Juri_Uluots, lk 46
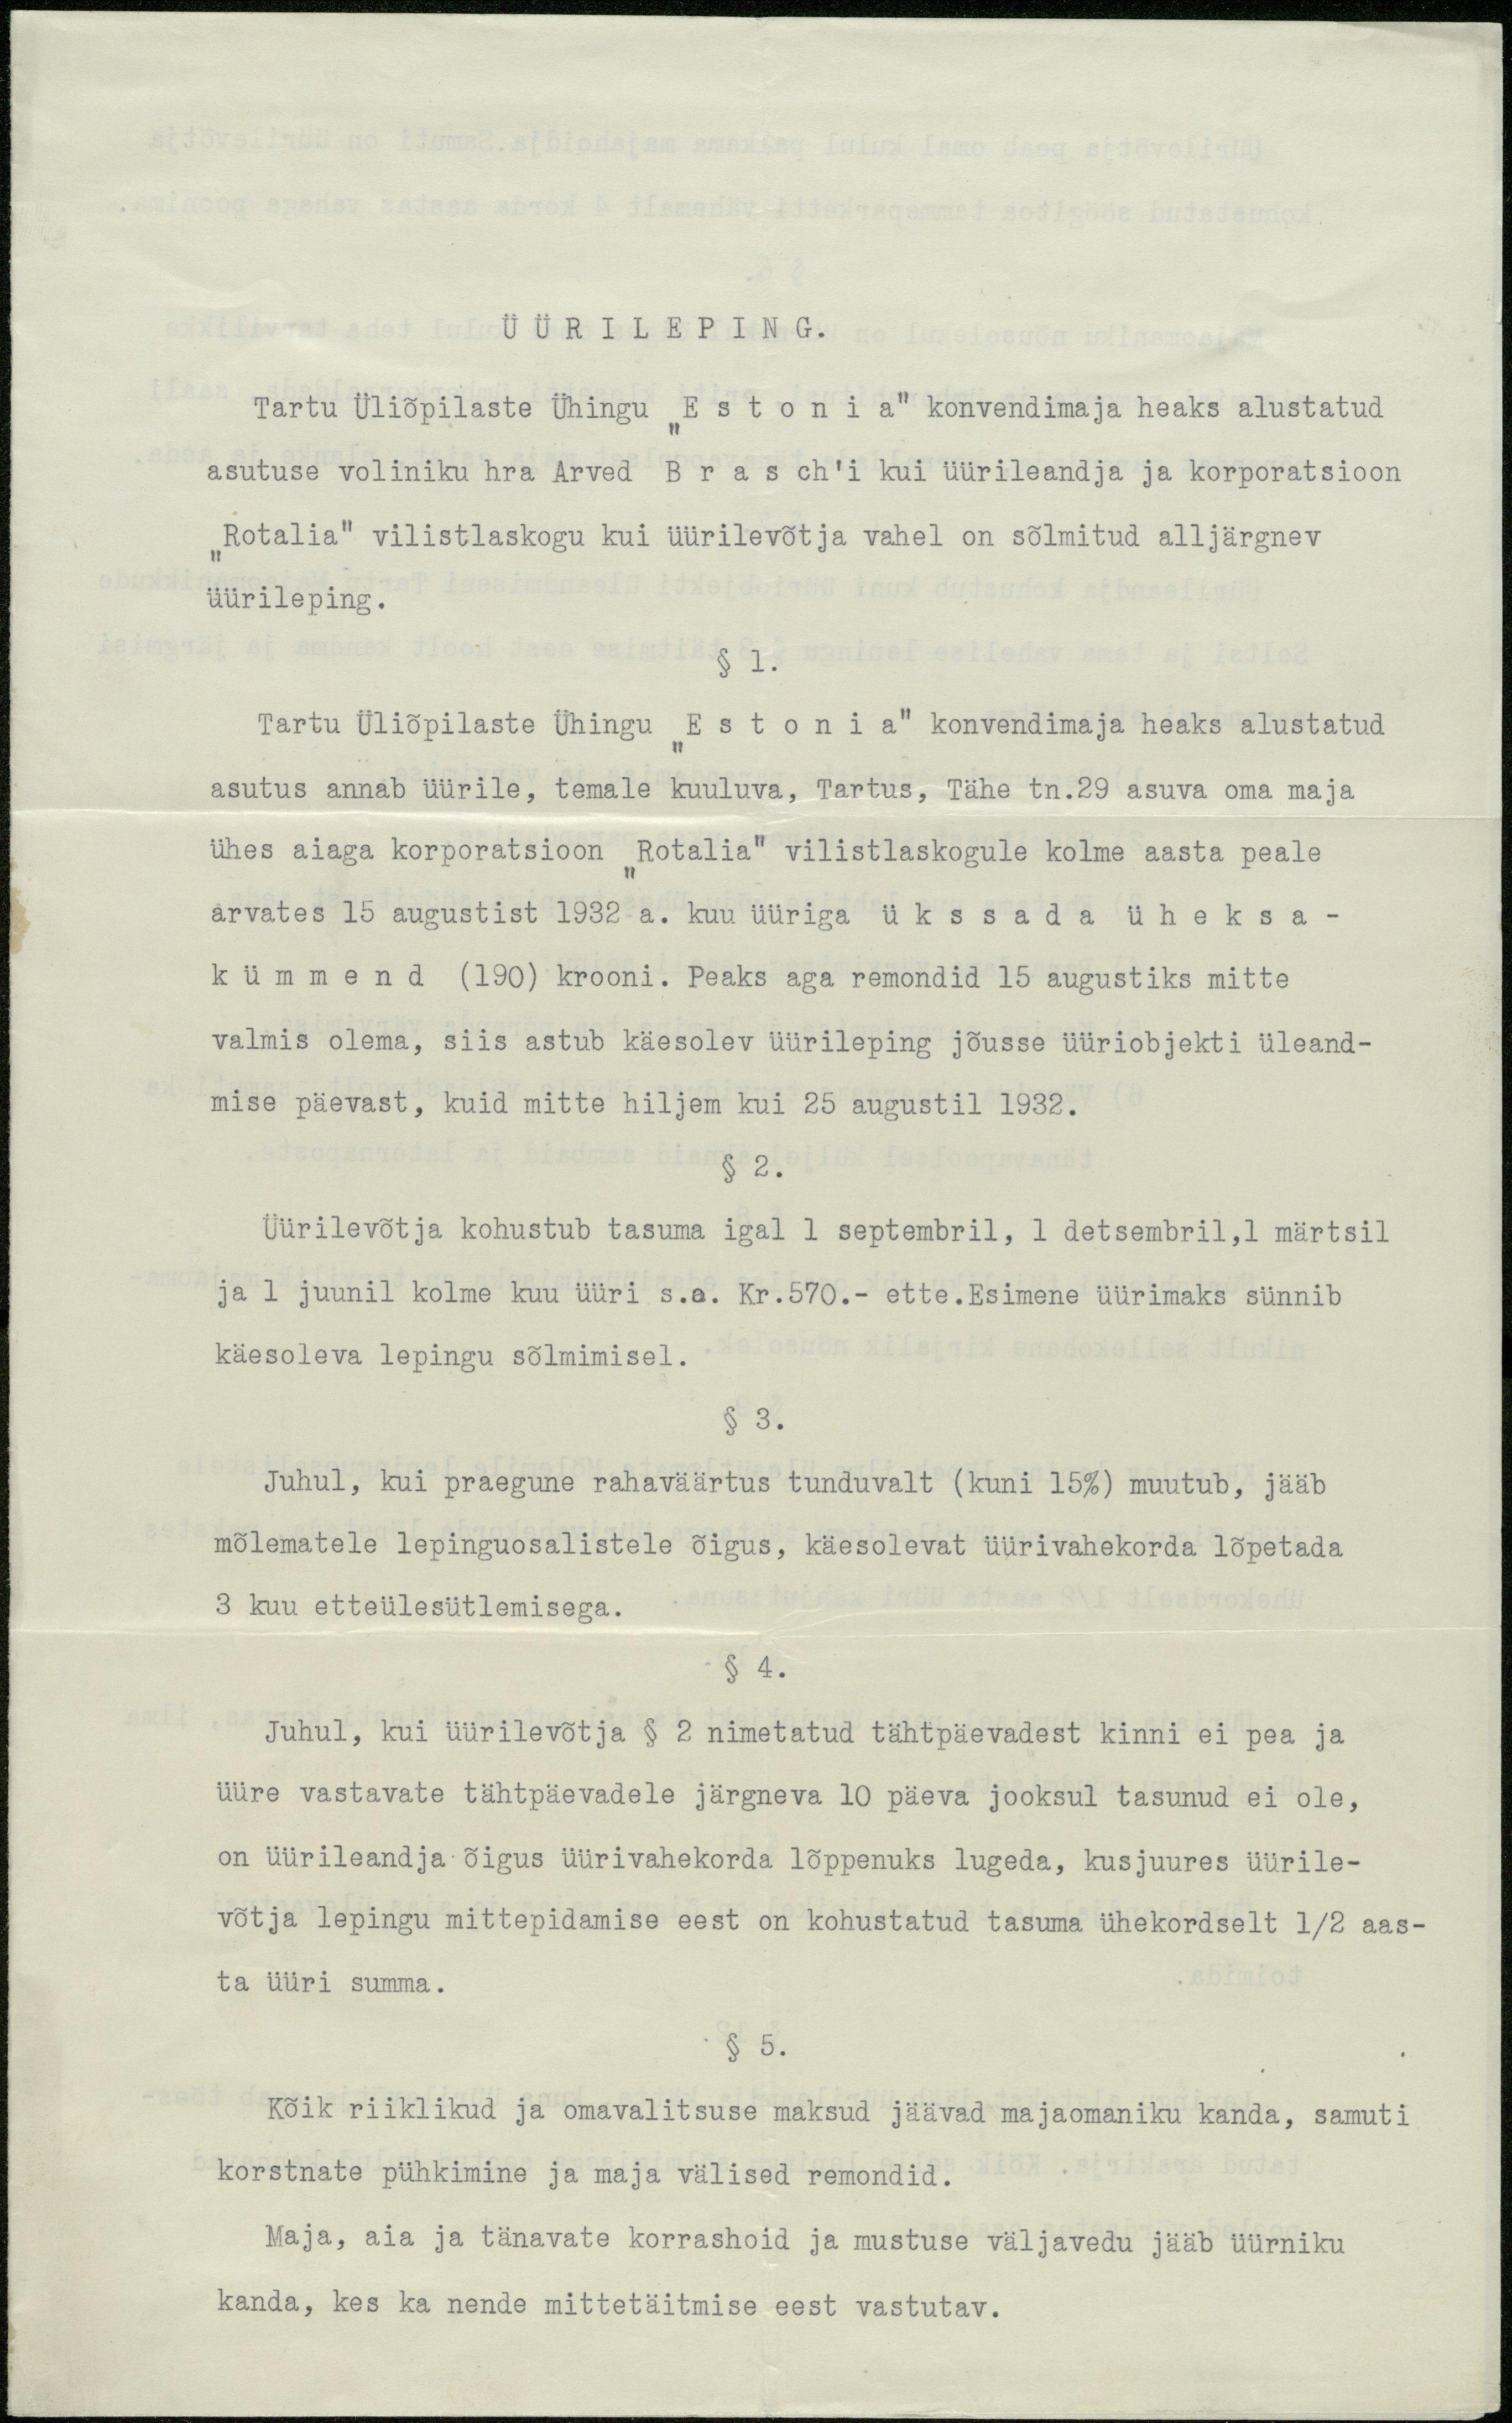
ÜÜRILEPING.
Tartu Üliõpilaste Ühingu "Estonia" konvendimaja heaks alustatud
asutuse voliniku hra Arved Brasch'i kui üürileandja ja korporatsioon
"Rotalia" vilistlaskogu kui üürilevõtja vahel on sõlmitud alljärgnev
üürileping.
§ 1.
Tartu Üliõpilaste Ühingu "Estonia" konvendimaja heaks alustatud
asutus annab üürile, temale kuuluva, Tartus, Tähe tn.29 asuva oma maja
ühes aiaga korporatsioon "Rotalia" vilistlaskogule kolme aasta peale
arvates 15 augustist 1932 a. kuu üüriga ükssada üheksa-
kümmend (190) krooni. Peaks aga remondid 15 augustiks mitte
valmis olema, siis astub käesolev üürileping jõusse üüriobjekti üleand-
mise päevast, kuid mitte hiljem kui 25 augustil 1932.
§ 2.
Üürilevõtja kohustub tasuma igal 1 septembril, 1 detsembril,1 märtsil
ja 1 juunil kolme kuu üüri s.o. Kr. 570.- ette.Esimene üürimaks sünnib
käesoleva lepingu sõlmimisel.
§ 3.
Juhul, kui praegune rahaväärtus tunduvalt (kuni 15%) muutub, jääb
mõlematele lepinguosalistele õigus, käesolevat üürivahekorda lõpetada
3 kuu etteülesütlemisega.
§ 4.
Juhul, kui üürilevõtja § 2 nimetatud tähtpäevadest kinni ei pea ja
üüre vastavate tähtpäevadele järgneva 10 päeva jooksul tasunud ei ole,
on üürileandja õigus üürivahekorda lõppenuks lugeda, kusjuures üürile-
võtja lepingu mittepidamise eest on kohustatud tasuma ühekordselt 1/2 aas-
ta üüri summa.
§ 5.
Kõik riiklikud ja omavalitsuse maksud jäävad majaomaniku kanda, samuti
korstnate pühkimine ja maja välised remondid.
Maja, aia ja tänavate korrashoid ja mustuse väljavedu jääb üürniku
kanda, kes ka nende mittetäitmise eest vastutav.